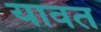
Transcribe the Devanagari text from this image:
यावत